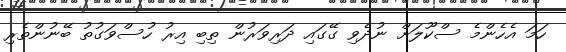
ހަމަ އެހެންމެ ސްކޫލަށް ނުދެވި ގޭގައި ދަރިވަރުން ތިބި އިރު ހުސްވަގުތު ބޭނުންތެރި